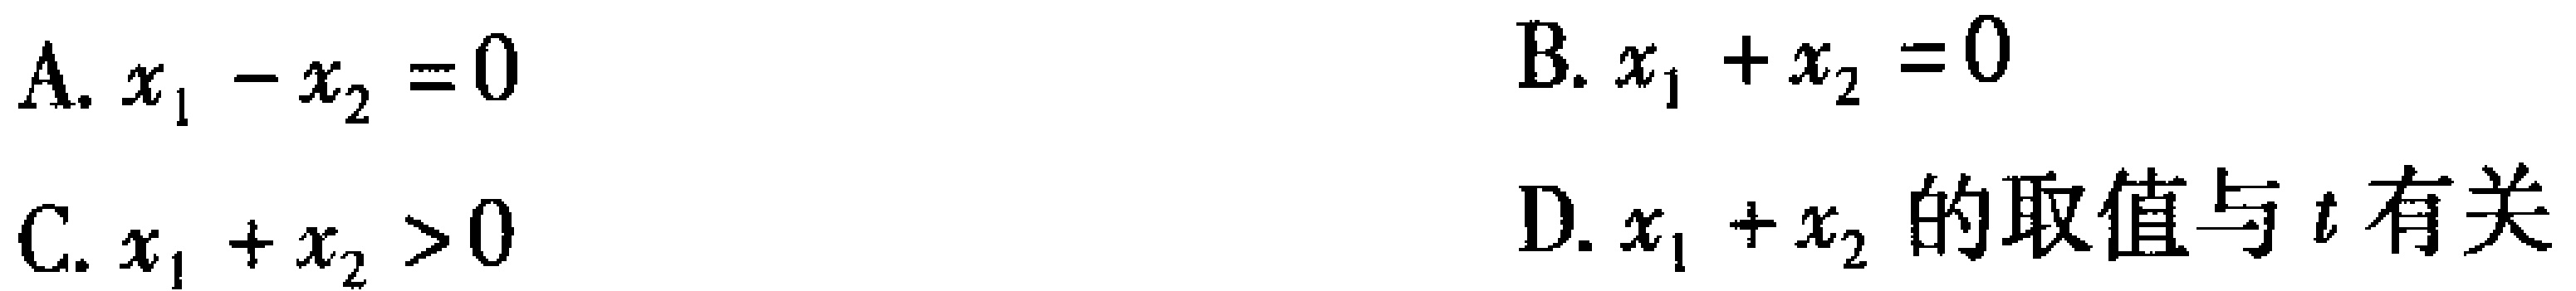
A. \(x_{1}-x_{2}=0\)  B. \(x_{1}+x_{2}=0\)
C. \(x_{1}+x_{2}>0\)  D. \(x_{1}+x_{2}\) 的取值与 \(t\) 有关